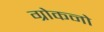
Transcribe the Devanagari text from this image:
ग्रोकनो